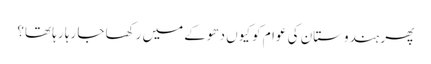
پھر ہندوستان کی عوام کو کیوں دھوکے میں رکھا جا رہا رہا تھا؟